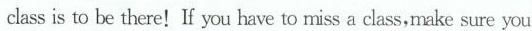
class is to be there!If you have to miss a class,make sure you